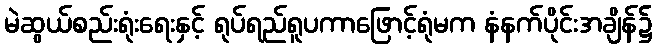
မဲဆွယ်စည်းရုံးရေးနှင့် ရုပ်ရည်ရူပကာဖြောင့်ရုံမက နံနက်ပိုင်းအချိန်၌